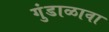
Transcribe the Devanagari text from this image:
गुंडाळावा